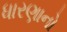
ધારણાનો